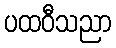
ပထဝီသညာ